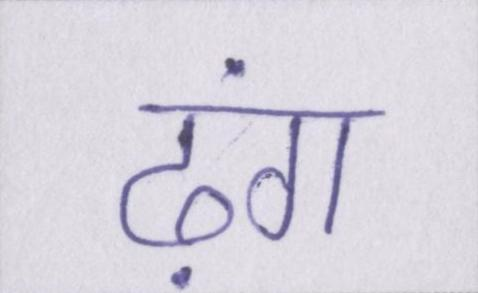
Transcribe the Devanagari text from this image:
ढ़ंग